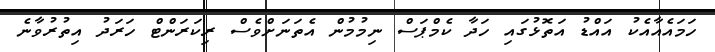
ހަމައެއާއެކު އައްޑު އަތޮޅުގައި ހަދާ ކެމްޕަސް ނިމުމުން އެތަނަށްވެސް ރިކަރަންޓް ހަރަދު އިތުރުވާނެ